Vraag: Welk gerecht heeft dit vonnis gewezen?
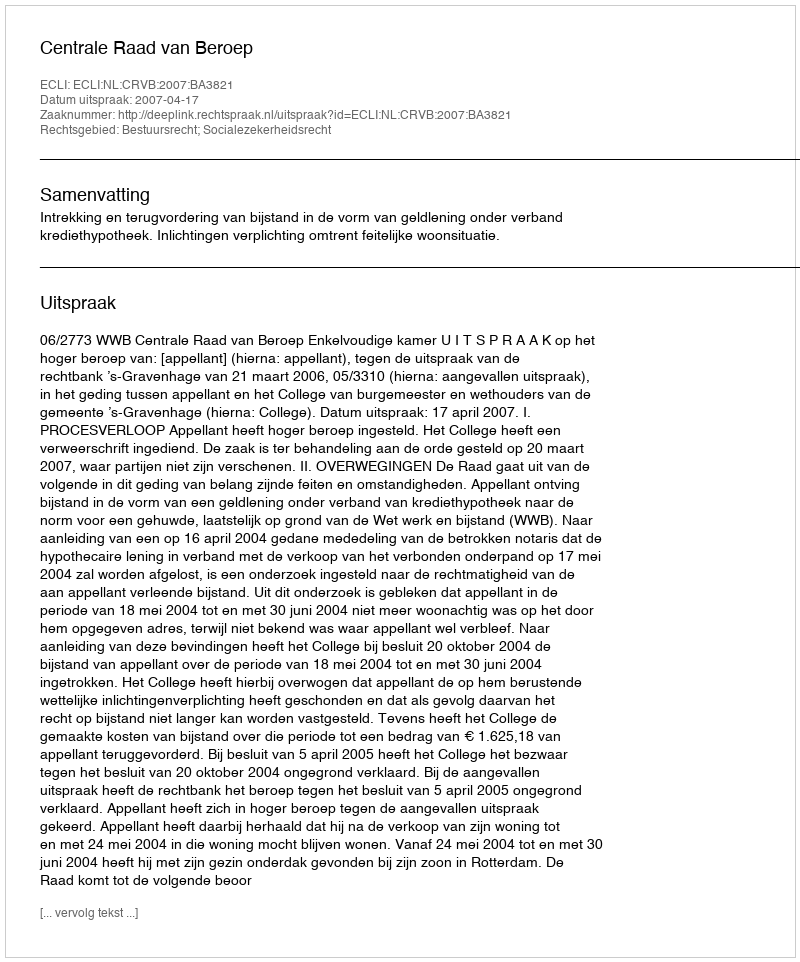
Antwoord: Centrale Raad van Beroep